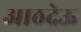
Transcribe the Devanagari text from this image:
आठदेऊ